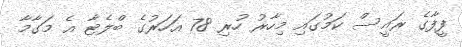
ފީފާގެ ރައީސް ކަމުގައި މިހާރު ހުރި 78 އަހަރުގެ ބްލެޓާ އެ މަގާމާ